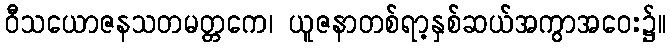
ဝီသယောဇနသတမတ္တကေ၊ ယူဇနာတစ်ရာ့နှစ်ဆယ်အကွာအဝေး၌။